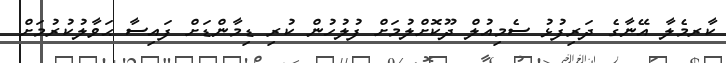
ކާރމެލާ އޭނާގެ ދަރިފުޅު ސެމިއުލް ދޫކޮށްލުމަށް ފުލުހުން ކުރި ޑިމާންޑަށް ފައިސާ ޙަވާލުކުރުމަށް